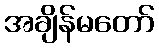
အချိန်မတော်